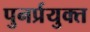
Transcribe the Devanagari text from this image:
पुनर्प्रयुक्त